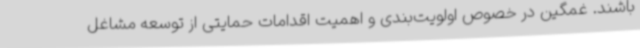
باشند. غمگین در خصوص اولویت‌بندی و اهمیت اقدامات حمایتی از توسعه مشاغل